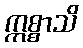
ဣစ္စာသိ